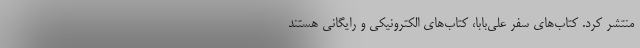
منتشر کرد. کتاب‌های سفر علی‌بابا، کتاب‌های الکترونیکی و رایگانی هستند